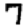
Digit: 7